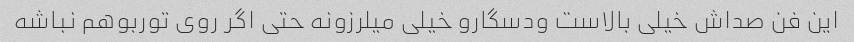
این فن صداش خیلی بالاست ودسگارو خیلی میلرزونه حتی اگر روی توربوهم نباشه